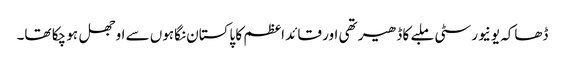
ڈھاکہ یونیورسٹی ملبے کا ڈھیر تھی اور قائد اعظم کا پاکستان نگاہوں سے اوجھل ہو چکا تھا۔